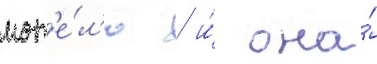
мот'е́л'ю / и́ она́